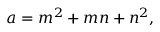
a = m ^ { 2 } + m n + n ^ { 2 } ,